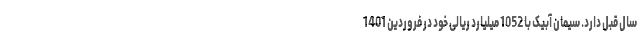
سال قبل دارد. سیمان آبیک با 1052 میلیارد ریالی خود در فروردین 1401